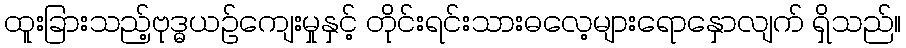
ထူးခြားသည့်ဗုဒ္ဓယဉ်ကျေးမှုနှင့် တိုင်းရင်းသားဓလေ့များရောနှောလျက် ရှိသည်။